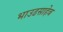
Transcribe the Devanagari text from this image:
भाउढसाहेब